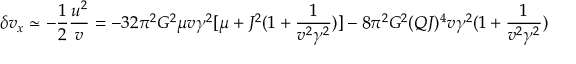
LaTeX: \delta v _ { x } \simeq - \frac { 1 } { 2 } \frac { u ^ { 2 } } { v } = - 3 2 \pi ^ { 2 } G ^ { 2 } \mu v \gamma ^ { 2 } [ \mu + J ^ { 2 } ( 1 + \frac { 1 } { v ^ { 2 } \gamma ^ { 2 } } ) ] - 8 \pi ^ { 2 } G ^ { 2 } ( Q J ) ^ { 4 } v \gamma ^ { 2 } ( 1 + \frac { 1 } { v ^ { 2 } \gamma ^ { 2 } } )